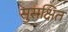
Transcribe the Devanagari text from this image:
सुसक्षित